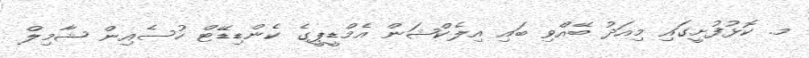
މ. ކޮޅުފުށީގައި މިއަދު ބޭއްވި ބައި އިލެކްޝަން އެމްޑީޕީގެ ކެންޑިޑޭޓް ހުސެއިން ޝާމިލް